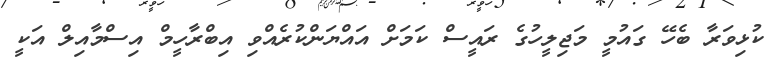
ކުޅިވަރާ ބެހޭ ގައުމީ މަޖިލީހުގެ ރައީސް ކަމަށް އައްޔަންކުރެއްވި އިބްރާހީމް އިސްމާއިލް އަކީ